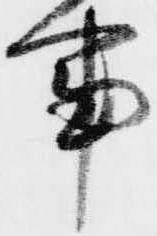
事